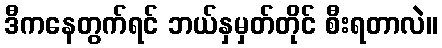
ဒီကနေတွက်ရင် ဘယ်နှမှတ်တိုင် စီးရတာလဲ။